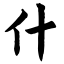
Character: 什